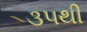
૩૫થી